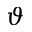
\vartheta